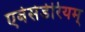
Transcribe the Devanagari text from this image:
एबेसेडेरियम्